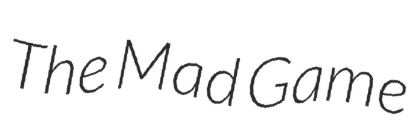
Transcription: The Mad Game